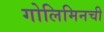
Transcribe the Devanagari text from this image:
गोलिमिनची